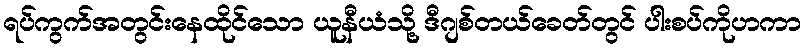
ရပ်ကွက်အတွင်းနေထိုင်သော ယူနီယံသို့ ဒီဂျစ်တယ်ခေတ်တွင် ပါးစပ်ကိုဟကာ